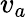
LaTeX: v_{a}